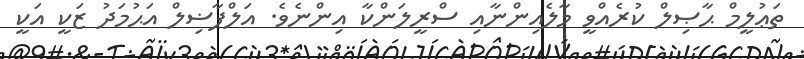
ތަޢުލީމް ޙާޞިލް ކުރެއްވީ މާލެއިންނާއި ސްރީލަންކާ އިންނެވެ. އަލްފާޟިލް އަޙުމަދު ޒަކީ އަކީ